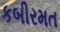
કબીરમત